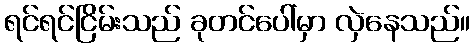
ရင်ရင်ငြိမ်းသည် ခုတင်ပေါ်မှာ လှဲနေသည်။